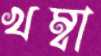
খম্বা